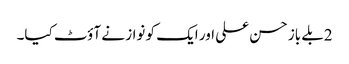
2بلے باز حسن علی اور ایک کو نواز نے آؤٹ کیا۔